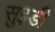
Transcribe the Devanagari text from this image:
सुइडी